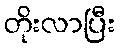
တိုးလာပြီး